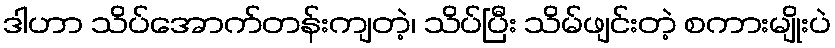
ဒါဟာ သိပ်အောက်တန်းကျတဲ့၊ သိပ်ပြီး သိမ်ဖျင်းတဲ့ စကားမျိုးပဲ